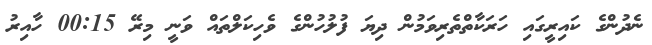
ނެދުންގެ ކައިރީގައި ހަރަކާތްތެރިވަމުން ދިޔަ ފުލުހުންގެ ވެހިކަލްތައް ވަނީ މިރޭ 00:15 ހާއިރު